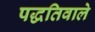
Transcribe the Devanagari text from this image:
पद्धतिवाले